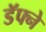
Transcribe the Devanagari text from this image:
डॅफ्ने